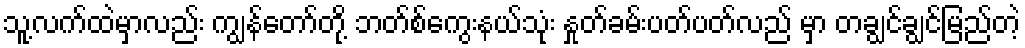
သူ့လက်ထဲမှာလည်း ကျွန်တော်တို့ ဘတ်စ်ကွေးနယ်သုံး နှုတ်ခမ်းပတ်ပတ်လည် မှာ တချွင်ချွင်မြည်တဲ့